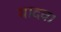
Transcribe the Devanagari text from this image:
यादव।